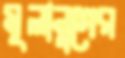
মূলানুগের